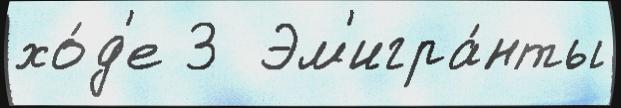
хо́д'е 3  Эм'игра́нты